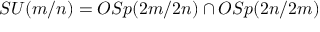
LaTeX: S U ( m / n ) = O S p ( 2 m / 2 n ) \cap O S p ( 2 n / 2 m )